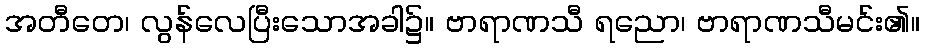
အတီတေ၊ လွန်လေပြီးသောအခါ၌။ ဗာရာဏသီ ရညော၊ ဗာရာဏသီမင်း၏။